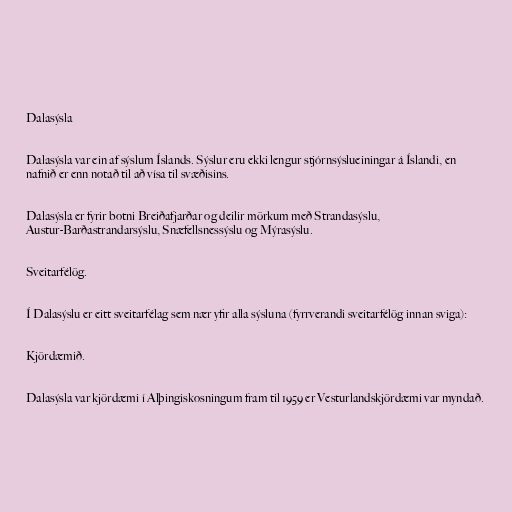
Dalasýsla

Dalasýsla var ein af sýslum Íslands. Sýslur eru ekki lengur stjórnsýslueiningar á Íslandi, en
nafnið er enn notað til að vísa til svæðisins.

Dalasýsla er fyrir botni Breiðafjarðar og deilir mörkum með Strandasýslu,
Austur-Barðastrandarsýslu, Snæfellsnessýslu og Mýrasýslu.

Sveitarfélög.

Í Dalasýslu er eitt sveitarfélag sem nær yfir alla sýsluna (fyrrverandi sveitarfélög innan sviga):

Kjördæmið.

Dalasýsla var kjördæmi í Alþingiskosningum fram til 1959 er Vesturlandskjördæmi var myndað.